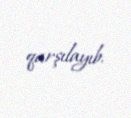
qarşılayıb.